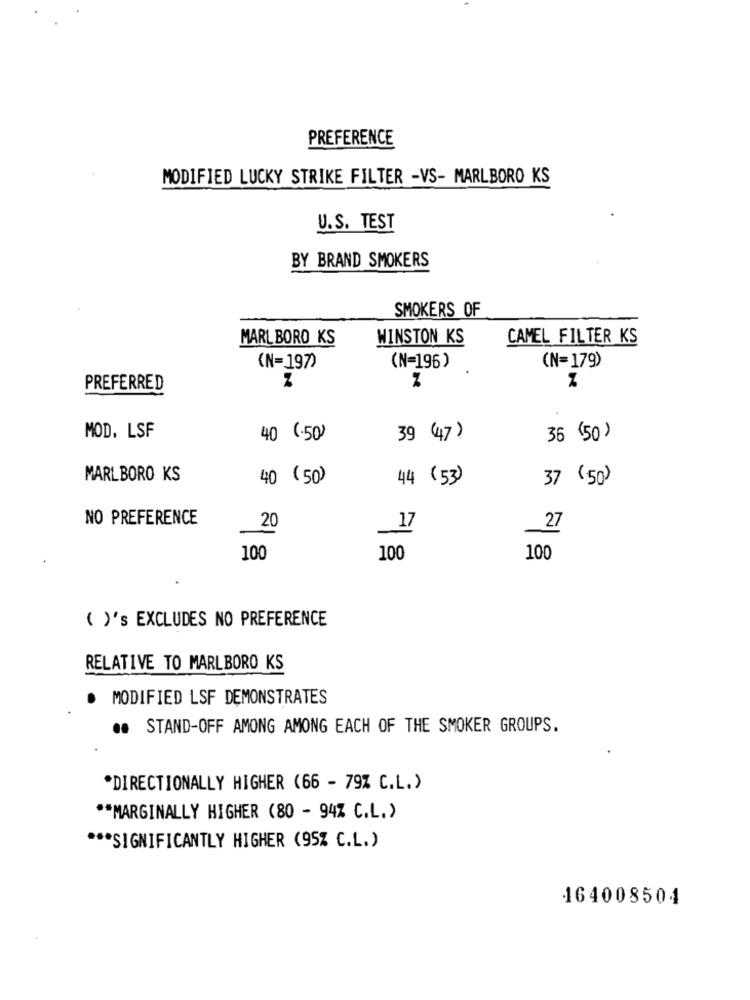
PREFERENCE
MODIFIED LUCKY STRIKE FILTER -VS- MARLBORO KS
U.S. TEST
BY BRAND SMOKERS
SMOKERS OF
MARLBORO KS
WINSTON KS
CAMEL FILTER KS
(N=197)
(N=196)
.
(N=179)
PREFERRED
MOD, LSF
40 (-50)
39 (47)
36 (50)
MARLBORO KS
40 (50)
44 (53)
37 ( 50 )
NO PREFERENCE
20
_17
_27
100
100
100
( )'s EXCLUDES NO PREFERENCE
RELATIVE TO MARLBORO KS
· MODIFIED LSF DEMONSTRATES
.. STAND-OFF AMONG AMONG EACH OF THE SMOKER GROUPS.
*DIRECTIONALLY HIGHER (66 - 79% C.L.)
** MARGINALLY HIGHER (80 - 94% C.L.)
*** SIGNIFICANTLY HIGHER (95% C.L.)
164008504